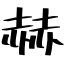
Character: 赫